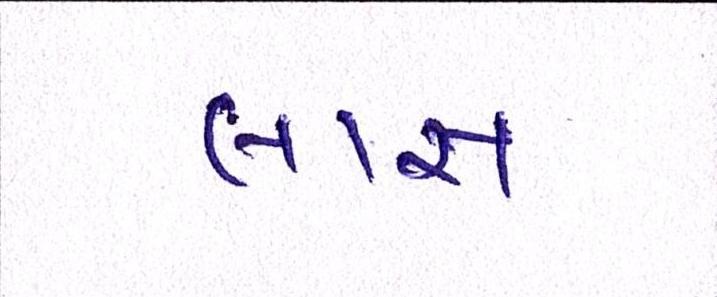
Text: લાસ